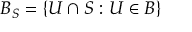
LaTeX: B _ { S } = \{ U \cap S : U \in B \}